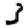
Digit: 3